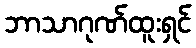
ဘာသာဂုဏ်ထူးရှင်